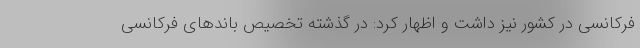
فرکانسی در کشور نیز داشت و اظهار کرد: در گذشته تخصیص باندهای فرکانسی